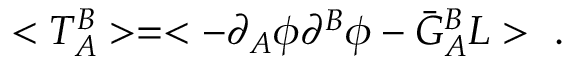
< T _ { A } ^ { B } > = < - \partial _ { A } \phi \partial ^ { B } \phi - \bar { G } _ { A } ^ { B } L > \ .